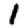
Digit: 1